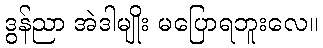
ဒွန်ညာ အဲဒါမျိုး မပြောရဘူးလေ။